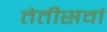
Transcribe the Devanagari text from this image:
तेतीसवां